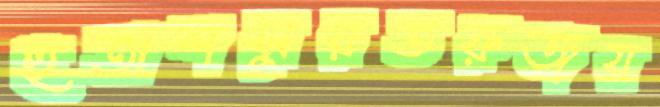
হুতাশসুরতরুজয়